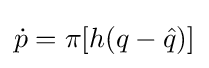
{\dot {p}}=\pi [h(q-{\hat {q}})]